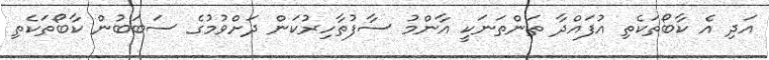
އަދި އެ ކާބޯތަކެތި އުފައްދާ ތަންތަނަކީ އާންމު ސާފުތާހިރުކަން ދަށްވުމުގެ ސަބަބުން ކާބޯތަކެތި